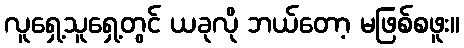
လူရှေ့သူရှေ့တွင် ယခုလို ဘယ်တော့ မဖြစ်စဖူး။